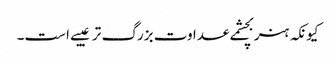
کیونکہ ہنر بچشمے عداوت بزرگ تر عیبے است۔